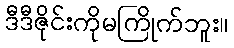
ဒီဒီဇိုင်းကိုမကြိုက်ဘူး။